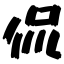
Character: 侃